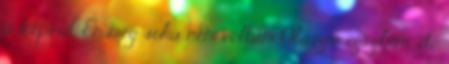
a képeid. Én még soha nem voltam Olaszországban, de